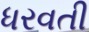
ધરવતી